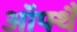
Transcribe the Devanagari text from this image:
ऑफ्थै